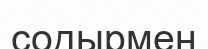
содырмен